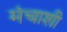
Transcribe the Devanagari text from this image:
मंचाशी